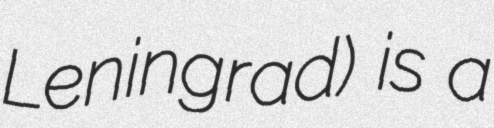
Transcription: Leningrad) is a